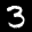
Label: 3